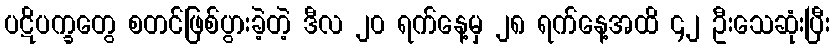
ပဋိပက္ခတွေ စတင်ဖြစ်ပွားခဲ့တဲ့ ဒီလ ၂၀ ရက်နေ့မှ ၂၈ ရက်နေ့အထိ ၄၂ ဦးသေဆုံးပြီး